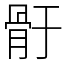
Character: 骬